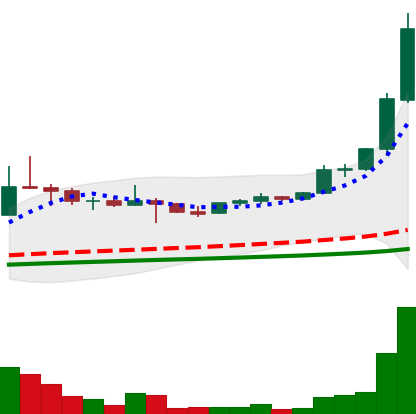
Ticker: ETC-USD
Chart end date: 2021-05-05
Forward return: 11.413%
Label: up_7plus